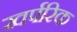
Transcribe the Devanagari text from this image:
खर्परिक